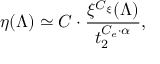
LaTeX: \eta ( \Lambda ) \simeq C \cdot \frac { \xi ^ { C _ { \xi } } ( \Lambda ) } { t _ { 2 } ^ { C _ { e } \cdot \alpha } } ,